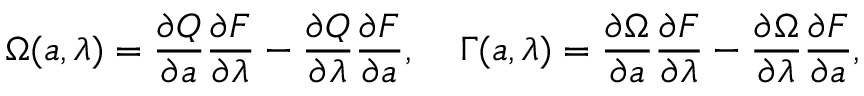
\Omega ( { a } , \lambda ) = \frac { \partial Q } { \partial { a } } \frac { \partial F } { \partial \lambda } - \frac { \partial Q } { \partial \lambda } \frac { \partial F } { \partial { a } } , \; \; \; \; \Gamma ( { a } , \lambda ) = \frac { \partial \Omega } { \partial { a } } \frac { \partial F } { \partial \lambda } - \frac { \partial \Omega } { \partial \lambda } \frac { \partial F } { \partial { a } } ,